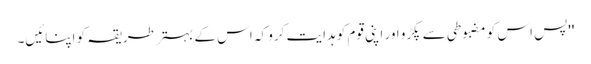
''پس اس کو مضبوطی سے پکڑو اور اپنی قوم کو ہدایت کرو کہ اس کے بہتر طریقہ کو اپنائیں۔